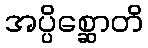
အပ္ပိစ္ဆောတိ